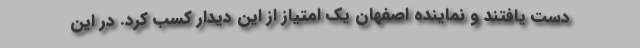
دست یافتند و نماینده اصفهان یک امتیاز از این دیدار کسب کرد. در این